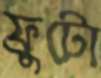
ফ্রুটো